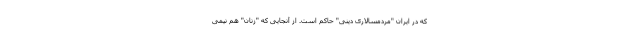
که در ایران "مردمسالاری دینی" حاکم است. از آنجایی که "زنان" هم نیمی